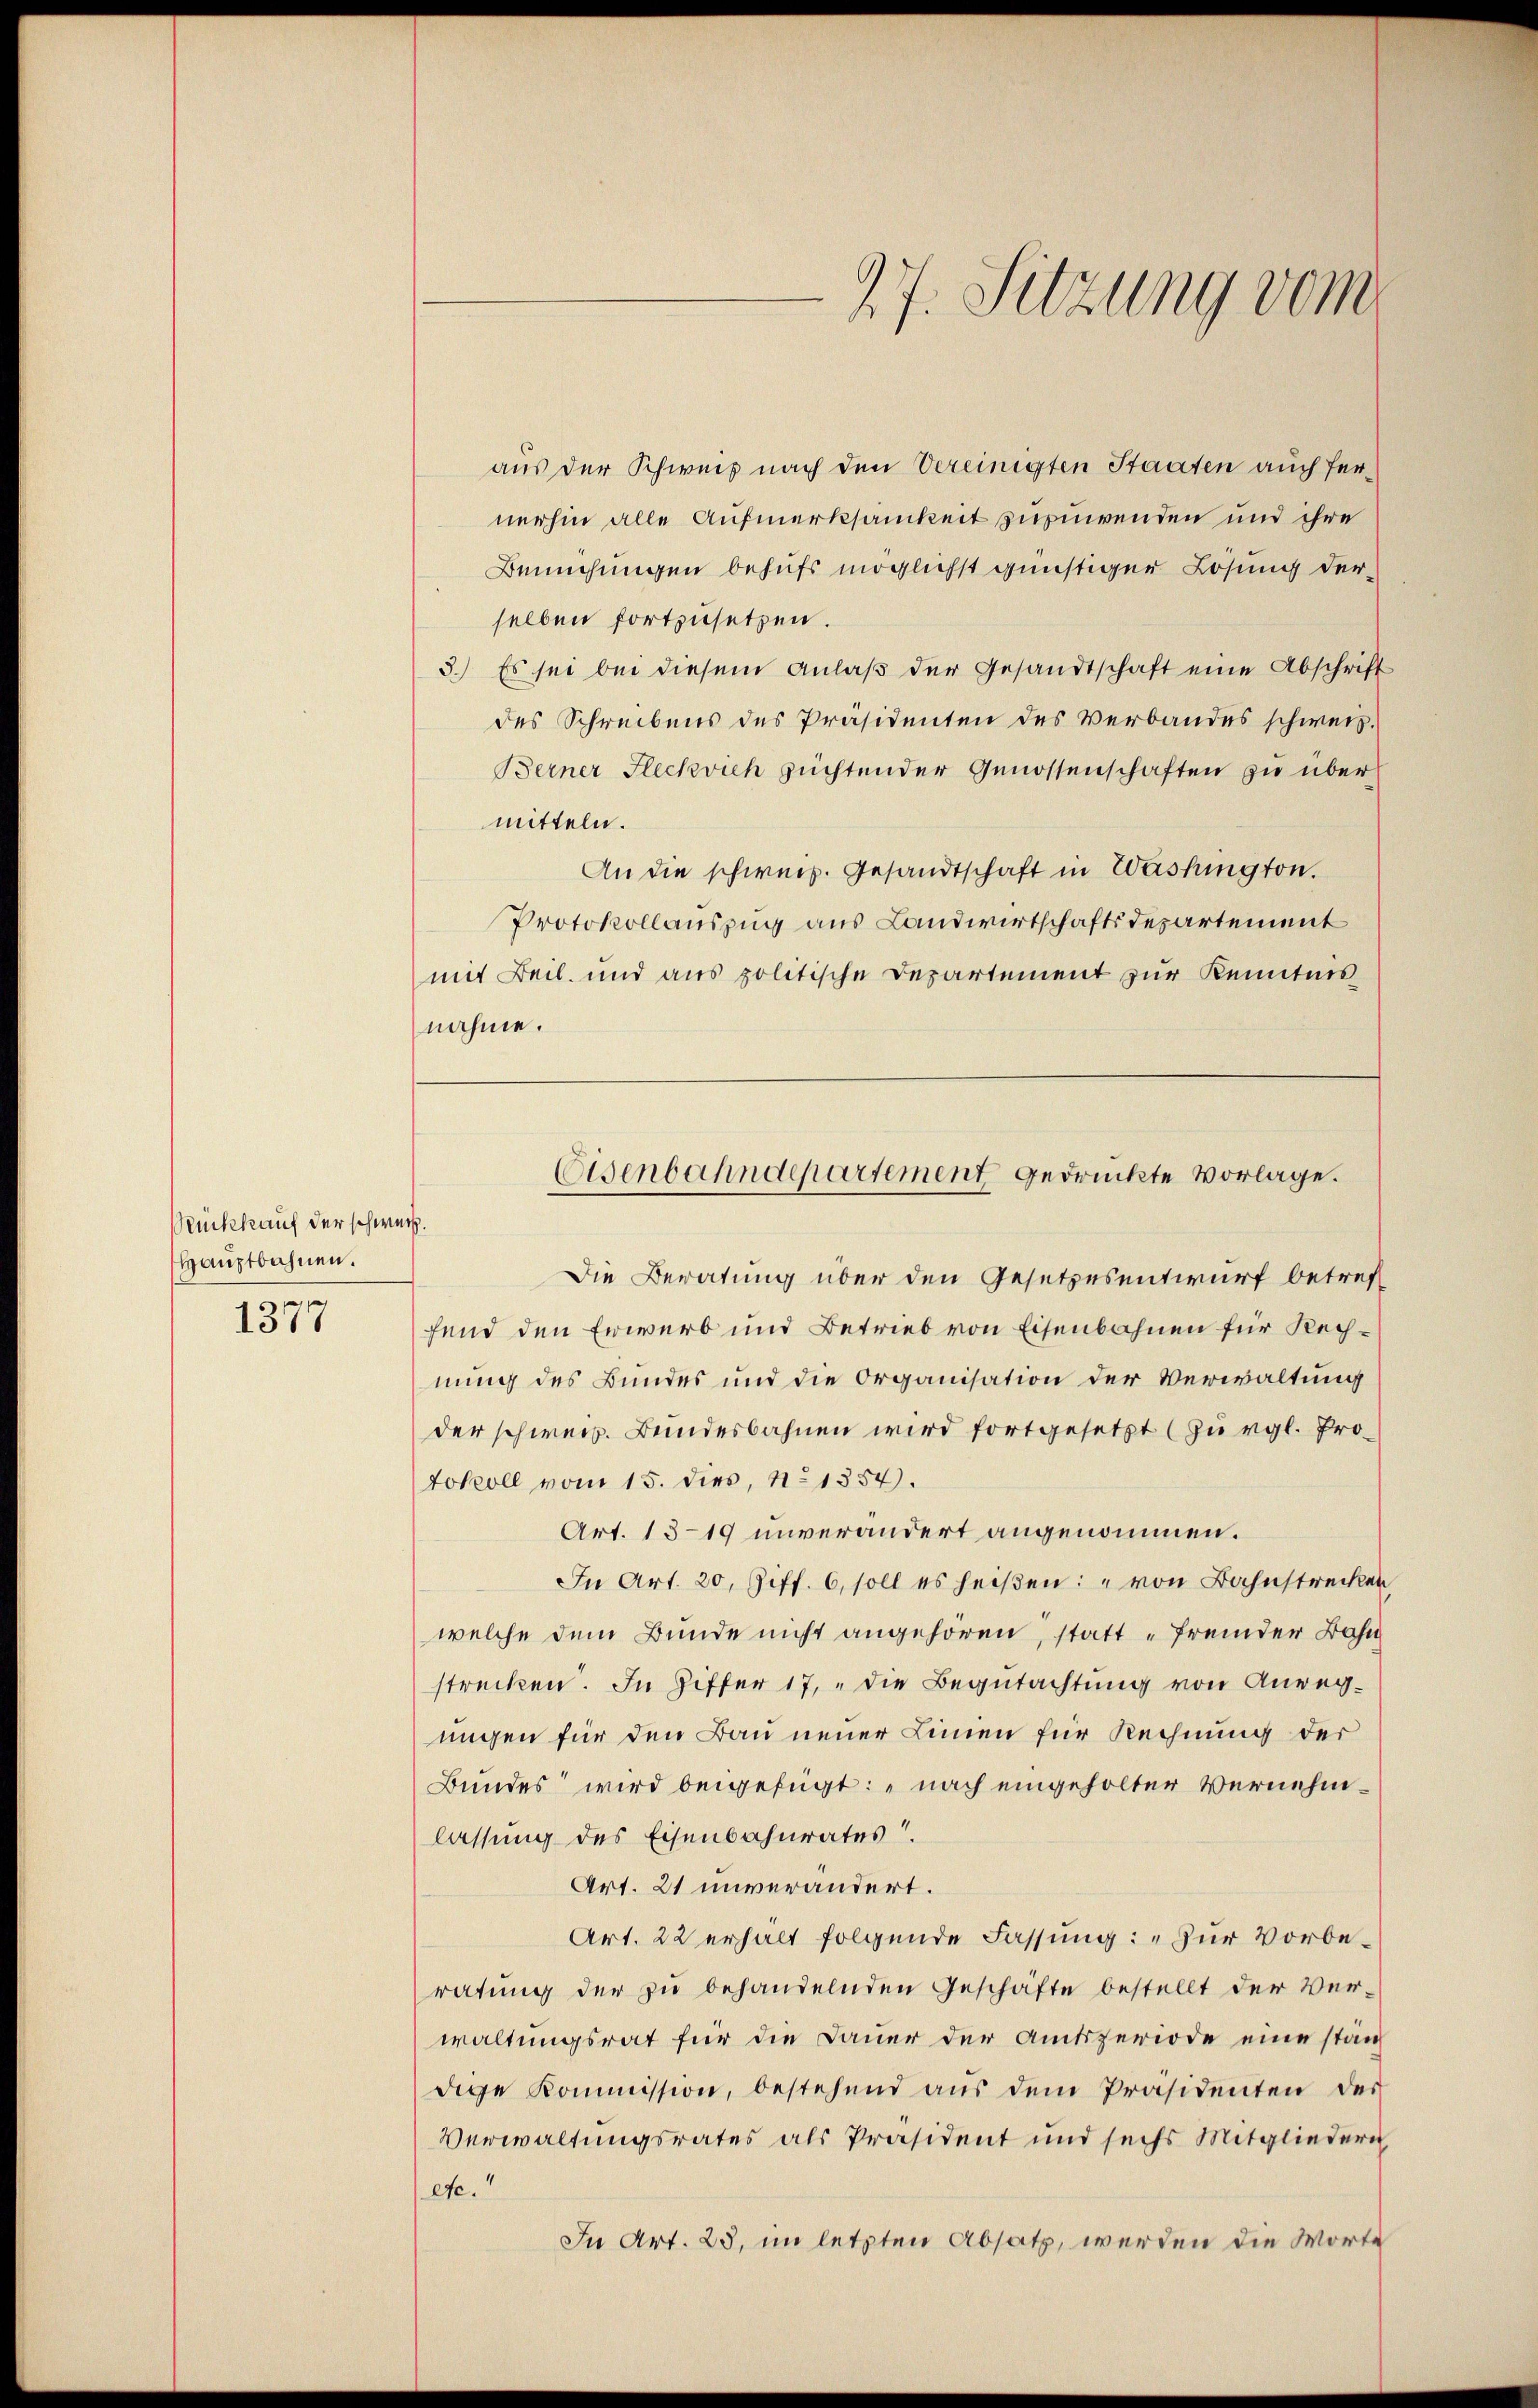
Rückkauf der schweiz.
Hauptbahnen.

1377

aus der Schweis nach den Vereinigten Staaten auch fernerhin alle Aufmerksamkeit zuzuwenden und ihre
Bemühungen behufs möglichst günstiger Lösung derselben fortzusetzen.
3.) Es sei bei diesem Anlaβ der Gesandtschaft eine Abschrift
des Schreibens des Präsidenten des Verbandes schweiz.
Berner Fleckvich züchtender Genossenschaften zu übermitteln.
An die schweiz. Gesandtschaft in Washington.
Protokollauszug aus Landwirtschaftsdepartement
mit Beil. und aus politische Departement zur Kenntnis
nahme.

27. Sitzung vom

Osenbahndepartement gedrückte Vorlage.

Die Beratung über den Gesetzesentwurf betreff
fend den Erwerb und Betrieb von Eisenbahnen für Rechnung des Bundes und die Organisation der Verwaltung
der schweiz. Bundesbahnen wird fortgesetzt (zurgl. Protokoll vom 15. dies, No 1354.
Art. 1319 unverändert angenommen.
In Art. 20. Ziff. 6, soll es heißen: „von Bahnstrecken,
welche dem Bunde nicht angehören, statt „Fremder Bahn
strecken. In Ziffer 17, die Begutachtung von Anregungen für den Bau neuer Linien für Rechnung der
Bundes wird beigefügt: „nach eingeholter Vernehmlassung des Eisenbahnrates.
Art. 21 unverändert.
Art. 22 erhält folgende Fassung: „Zur Vorberatung der zu behandelnden Geschäfte bestellt der Ver-
waltungsrat für die Dauer der Amtsperiode eine stän
dige Kommission, bestehend aŭs dem Präsidenten der
Verwaltungsrates als Präsident und sechs Mitgliedern
etc.“
In Art. 23, im letzten Absatz, werden die Worte